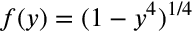
f ( y ) = ( 1 - y ^ { 4 } ) ^ { 1 / 4 }